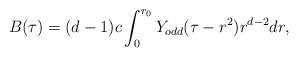
\begin{align*}B(\tau)=(d-1)c\int_{0}^{r_0}Y_{odd}(\tau-r^2)r^{d-2}dr,\end{align*}